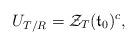
LaTeX: \begin{align*} U_{T/R} = \mathcal{Z}_T(\mathfrak{t}_0)^c,\end{align*}